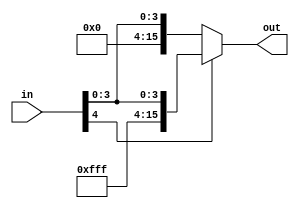
module signXtend40(in,out);
input [4:0] in;
output [15:0] out;

assign out = (in[4]) ? {{11{in[4]}},in[4:0]}: {{11{1'b0}},in[4:0]};


endmodule